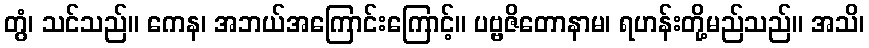
တွံ၊ သင်သည်။ ကေန၊ အဘယ်အကြောင်းကြောင့်။ ပဗ္ဗဇိတောနာမ၊ ရဟန်းတို့မည်သည်။ အသိ၊